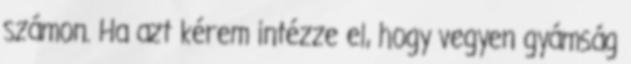
számon. Ha azt kérem intézze el, hogy vegyen gyámság